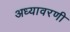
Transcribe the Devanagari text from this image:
अध्यावरणी